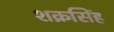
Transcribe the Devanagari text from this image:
शक्रसिंह